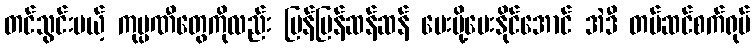
တင်သွင်းမယ့် ကုမ္ပဏီတွေကိုလည်း မြန်မြန်ဆန်ဆန် ပေးပို့ပေးနိုင်အောင် အဲဒီ တပ်ဆင်စက်ရုပ်